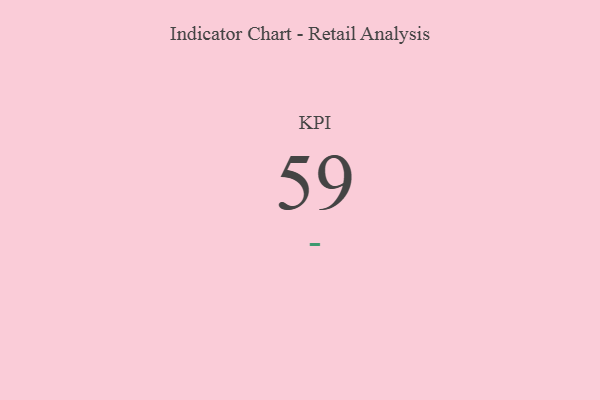
{"axis": {"x": "KPI", "y": "Value"}, "legend": [""], "data": [{"x": "KPI", "y": 59, "type": ""}]}